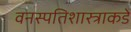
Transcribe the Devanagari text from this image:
वनस्पतिशास्त्राकडे